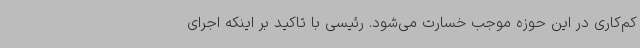
کم‌کاری در این حوزه موجب خسارت می‌شود. رئیسی با تاکید بر اینکه اجرای